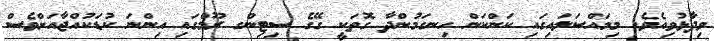
ވިދާޅުވިއެވެ. މިމައްސަލައިގައި ކަންކަން ހިނގަމުންދާ ގޮތަކީ ގޭގެ ސިޓިންގ ރޫމްގައި އިންނަ ކުޑަކުއްޖާއަށްވެސް